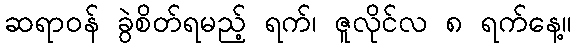
ဆရာဝန် ခွဲစိတ်ရမည့် ရက်၊ ဇူလိုင်လ ၈ ရက်နေ့။